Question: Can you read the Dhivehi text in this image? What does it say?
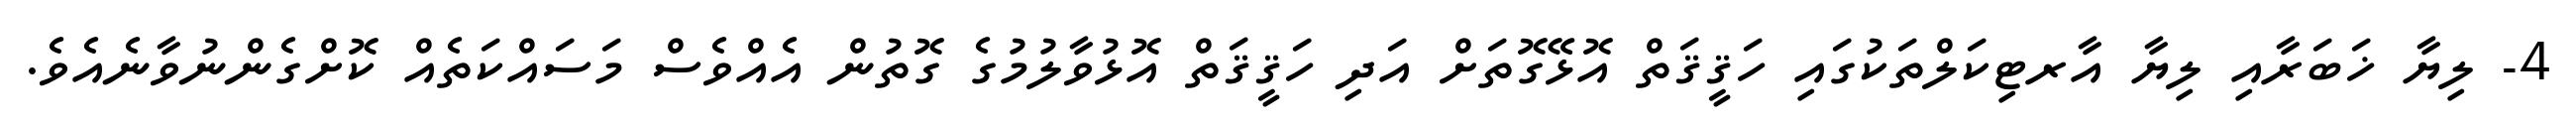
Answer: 4- ލިޔާ ޚަބަރާއި ލިޔާ އާރޓިކަލްތަކުގައި ހަޤީޤަތް އޮޅޭގޮތަށް އަދި ހަޤީޤަތް އޮޅުވާލުމުގެ ގޮތުން އެއްވެސް މަސައްކަތެއް ކޮށްގެންނުވާނެއެވެ.